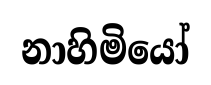
නාහිමියෝ